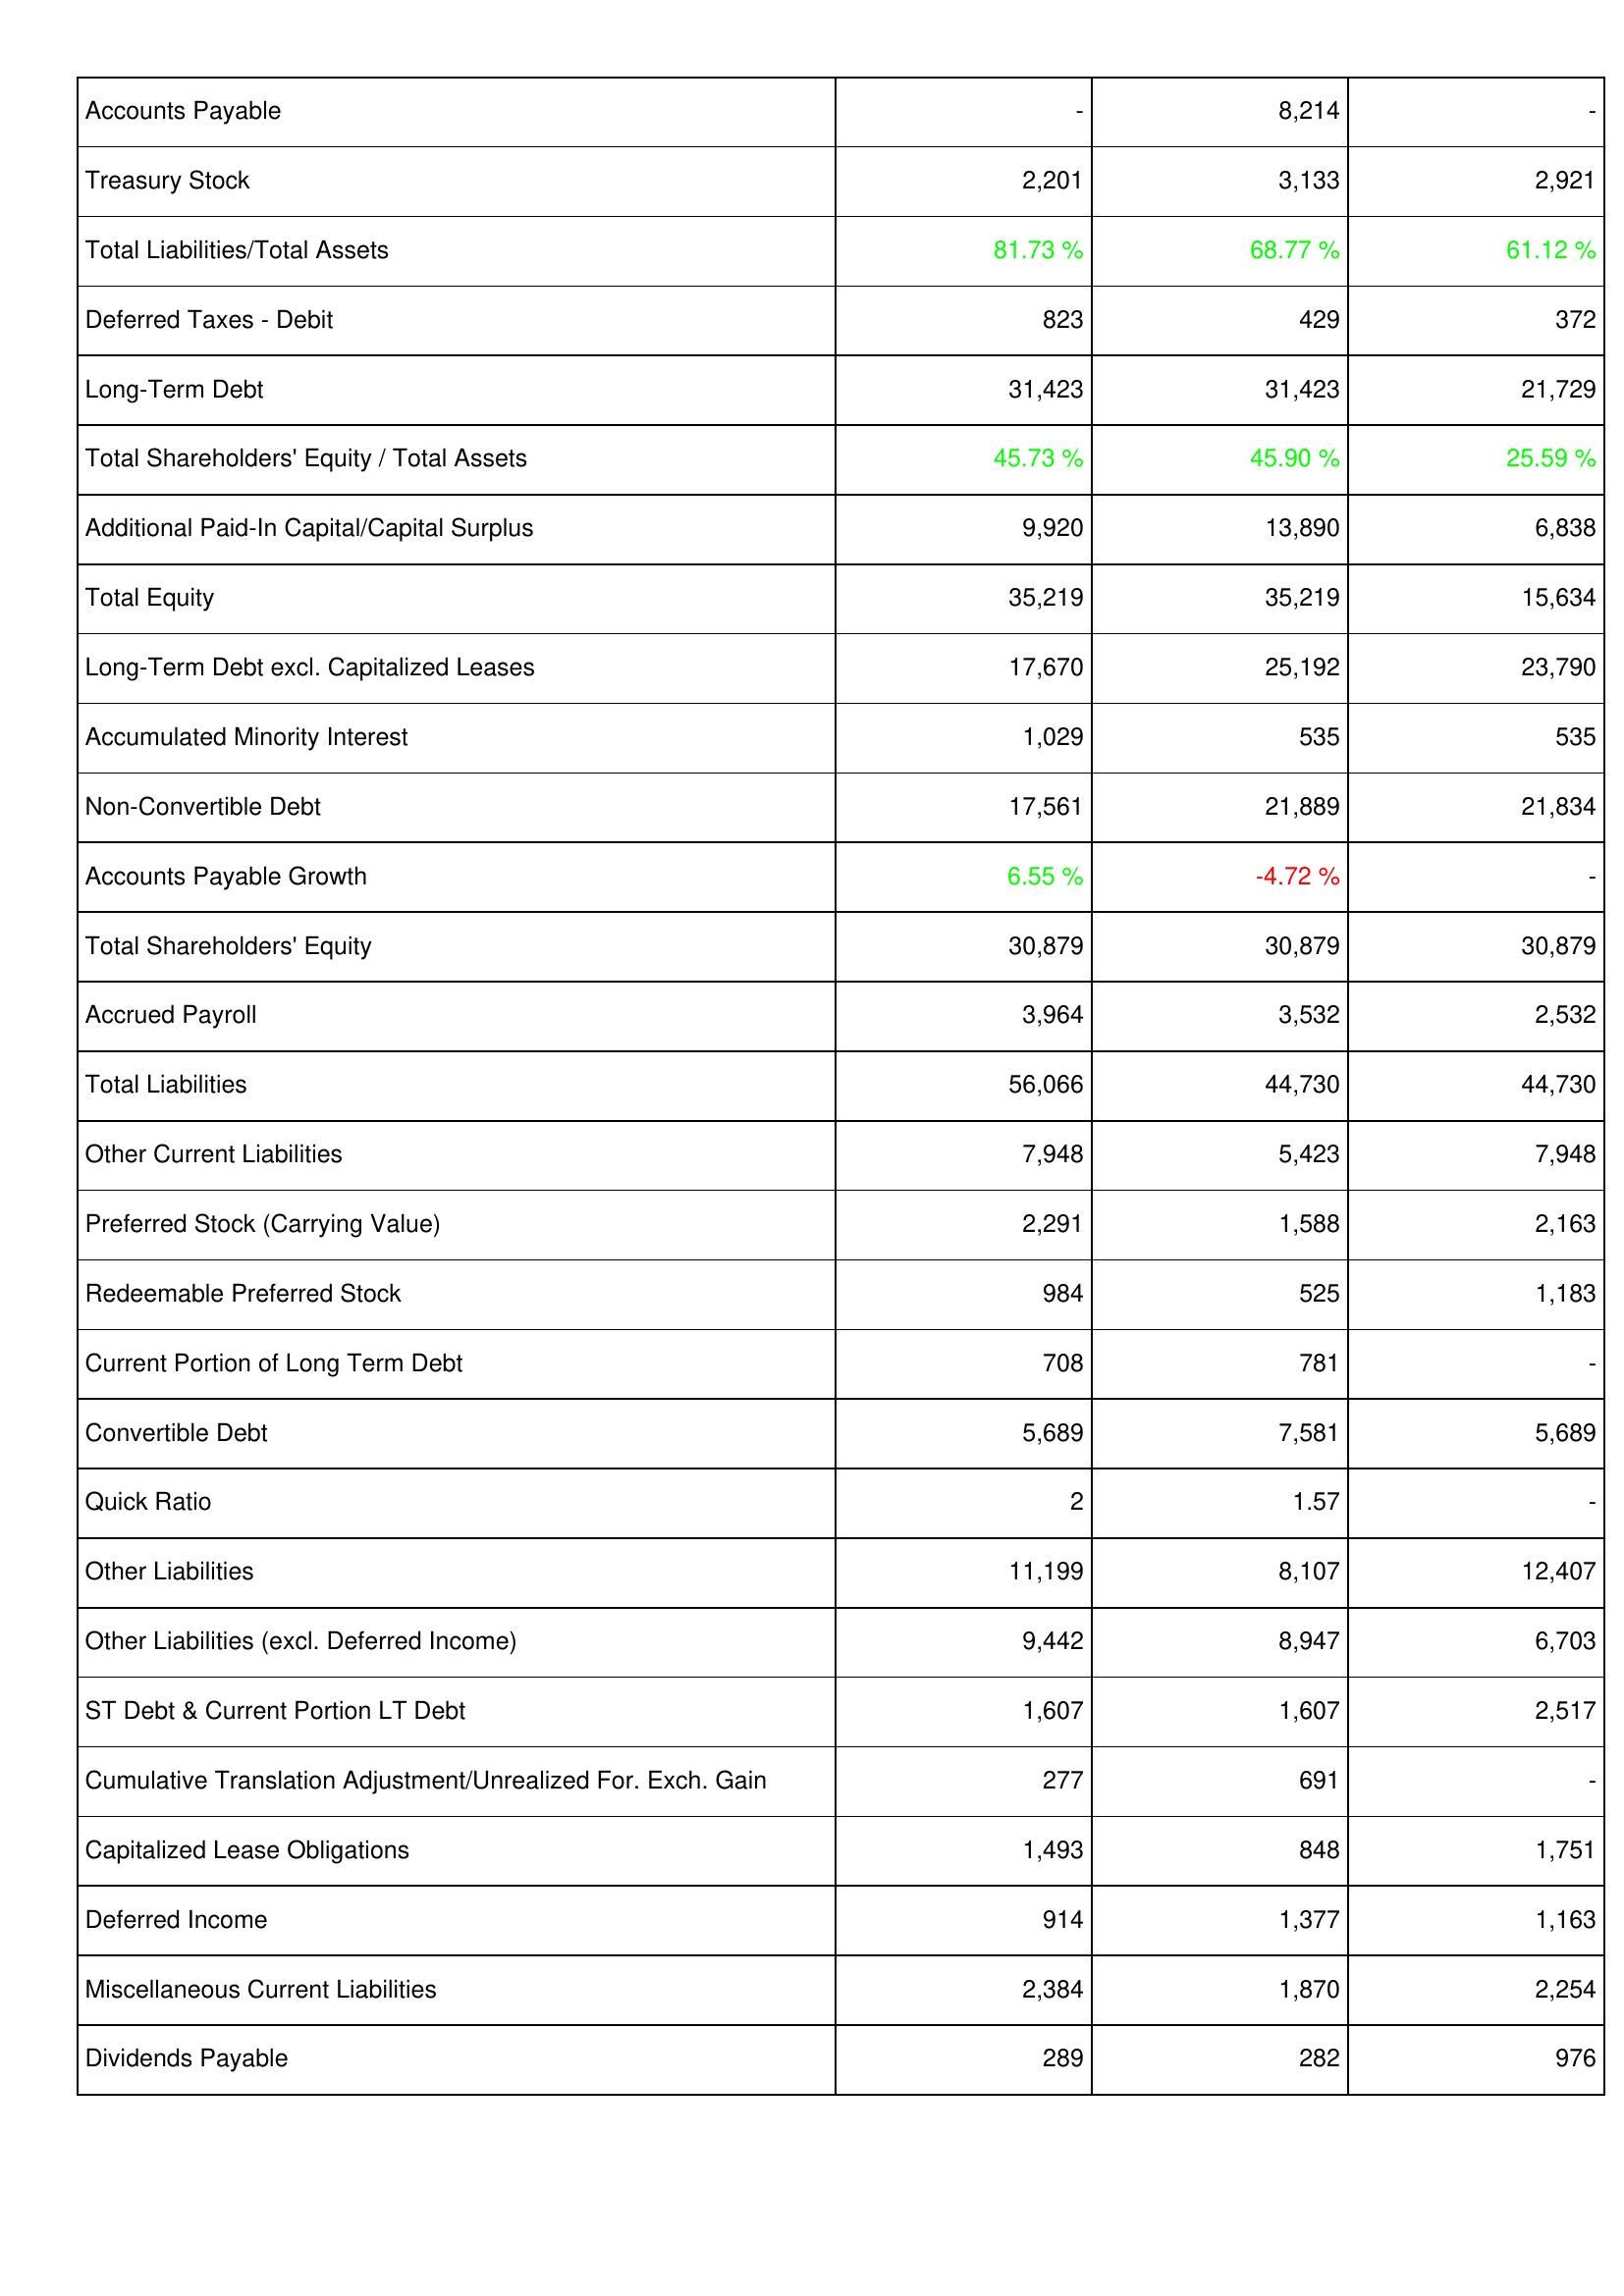
2019: Liabilities & Shareholders' Equity: Accounts Payable: -
Treasury Stock: 2,201
Total Liabilities/Total Assets: 81.73 %
Deferred Taxes - Debit: 823
Long-Term Debt: 31,423
Total Shareholders' Equity / Total Assets: 45.73 %
Additional Paid-In Capital/Capital Surplus: 9,920
Total Equity: 35,219
Long-Term Debt excl. Capitalized Leases: 17,670
Accumulated Minority Interest: 1,029
Non-Convertible Debt: 17,561
Accounts Payable Growth: 6.55 %
Total Shareholders' Equity: 30,879
Accrued Payroll: 3,964
Total Liabilities: 56,066
Other Current Liabilities: 7,948
Preferred Stock (Carrying Value): 2,291
Redeemable Preferred Stock: 984
Current Portion of Long Term Debt: 708
Convertible Debt: 5,689
Quick Ratio: 2
Other Liabilities: 11,199
Other Liabilities (excl. Deferred Income): 9,442
ST Debt & Current Portion LT Debt: 1,607
Cumulative Translation Adjustment/Unrealized For. Exch. Gain: 277
Capitalized Lease Obligations: 1,493
Deferred Income: 914
Miscellaneous Current Liabilities: 2,384
Dividends Payable: 289
2018: Liabilities & Shareholders' Equity: Accounts Payable: 8,214
Treasury Stock: 3,133
Total Liabilities/Total Assets: 68.77 %
Deferred Taxes - Debit: 429
Long-Term Debt: 31,423
Total Shareholders' Equity / Total Assets: 45.90 %
Additional Paid-In Capital/Capital Surplus: 13,890
Total Equity: 35,219
Long-Term Debt excl. Capitalized Leases: 25,192
Accumulated Minority Interest: 535
Non-Convertible Debt: 21,889
Accounts Payable Growth: -4.72 %
Total Shareholders' Equity: 30,879
Accrued Payroll: 3,532
Total Liabilities: 44,730
Other Current Liabilities: 5,423
Preferred Stock (Carrying Value): 1,588
Redeemable Preferred Stock: 525
Current Portion of Long Term Debt: 781
Convertible Debt: 7,581
Quick Ratio: 1.57
Other Liabilities: 8,107
Other Liabilities (excl. Deferred Income): 8,947
ST Debt & Current Portion LT Debt: 1,607
Cumulative Translation Adjustment/Unrealized For. Exch. Gain: 691
Capitalized Lease Obligations: 848
Deferred Income: 1,377
Miscellaneous Current Liabilities: 1,870
Dividends Payable: 282
2017: Liabilities & Shareholders' Equity: Accounts Payable: -
Treasury Stock: 2,921
Total Liabilities/Total Assets: 61.12 %
Deferred Taxes - Debit: 372
Long-Term Debt: 21,729
Total Shareholders' Equity / Total Assets: 25.59 %
Additional Paid-In Capital/Capital Surplus: 6,838
Total Equity: 15,634
Long-Term Debt excl. Capitalized Leases: 23,790
Accumulated Minority Interest: 535
Non-Convertible Debt: 21,834
Accounts Payable Growth: -
Total Shareholders' Equity: 30,879
Accrued Payroll: 2,532
Total Liabilities: 44,730
Other Current Liabilities: 7,948
Preferred Stock (Carrying Value): 2,163
Redeemable Preferred Stock: 1,183
Current Portion of Long Term Debt: -
Convertible Debt: 5,689
Quick Ratio: -
Other Liabilities: 12,407
Other Liabilities (excl. Deferred Income): 6,703
ST Debt & Current Portion LT Debt: 2,517
Cumulative Translation Adjustment/Unrealized For. Exch. Gain: -
Capitalized Lease Obligations: 1,751
Deferred Income: 1,163
Miscellaneous Current Liabilities: 2,254
Dividends Payable: 976